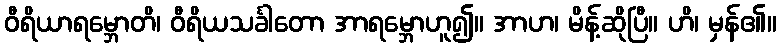
ဝီရိယာရမ္ဘောတိ၊ ဝီရိယသင်္ခါတော အာရမ္ဘောဟူ၍။ အာဟ၊ မိန့်ဆိုပြီ။ ဟိ၊ မှန်၏။